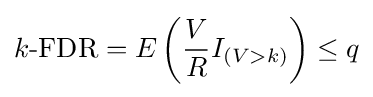
k{\text{-FDR}}=E\left({\frac {V}{R}}I_{(V>k)}\right)\leq q